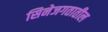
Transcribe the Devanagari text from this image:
सिनेजगतातील